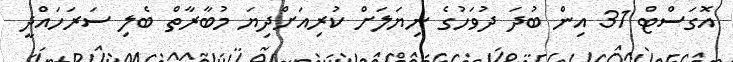
އޮގަސްޓް 31 އިން ބުދަ ދުވަހުގެ ނިޔަލަށް ކުރިއަށްދިޔަ މުބާރާތް ބެލި ސަރަހައްދީ